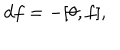
d f = - [ \theta , f ] ,